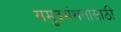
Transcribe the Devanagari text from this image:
समुद्रमंथनासाठी